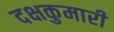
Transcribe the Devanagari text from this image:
दक्षकुमारी